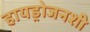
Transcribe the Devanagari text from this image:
हायड्रोजनशी